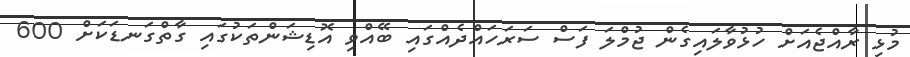
މުޅި ރާއްޖެއަށް ހުޅުވާލައިގެން ޖުމްލަ ފަސް ސަރަހައްދެއްގައި ބޭއްވި އޮޑިޝަންތަކުގައި ގާތްގަނޑަކަށް 600